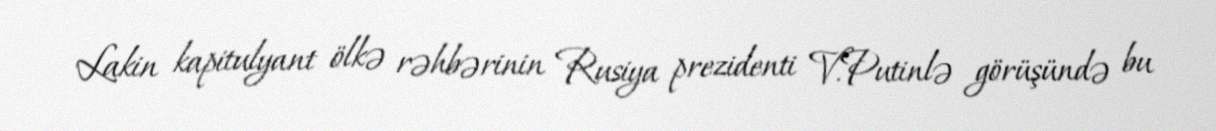
Lakin kapitulyant ölkə rəhbərinin Rusiya prezidenti V.Putinlə görüşündə bu